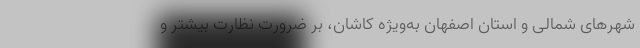
شهرهای شمالی و استان اصفهان به‌ویژه کاشان، بر ضرورت نظارت بیشتر و